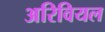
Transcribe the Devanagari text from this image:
अरिवियल